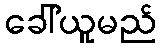
ခေါ်ယူမည်